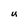
Character: U